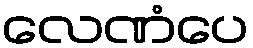
လေဏံပေ